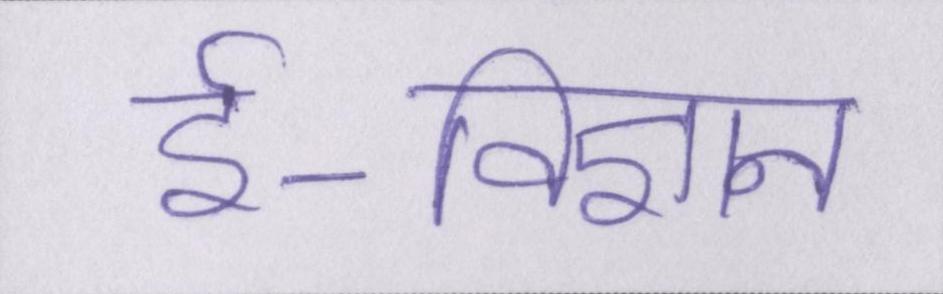
ई-विज्ञान